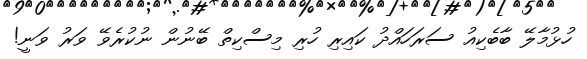
ހުޅުމާލޭ ބާބެކިއު ސަރަހައްދު ކައިރި ހުރި މިސްކިތް ބޭނުން ނުކުރެވޭ ވަރު ވަނީ!